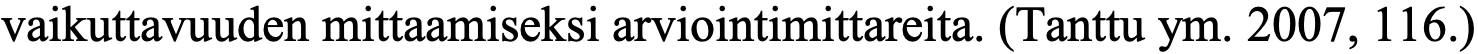
vaikuttavuuden mittaamiseksi arviointimittareita. (Tanttu ym. 2007, 116.)